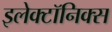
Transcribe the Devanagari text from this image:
इलेक्टॉनिक्स